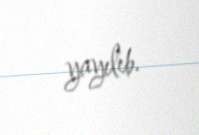
yayılıb.